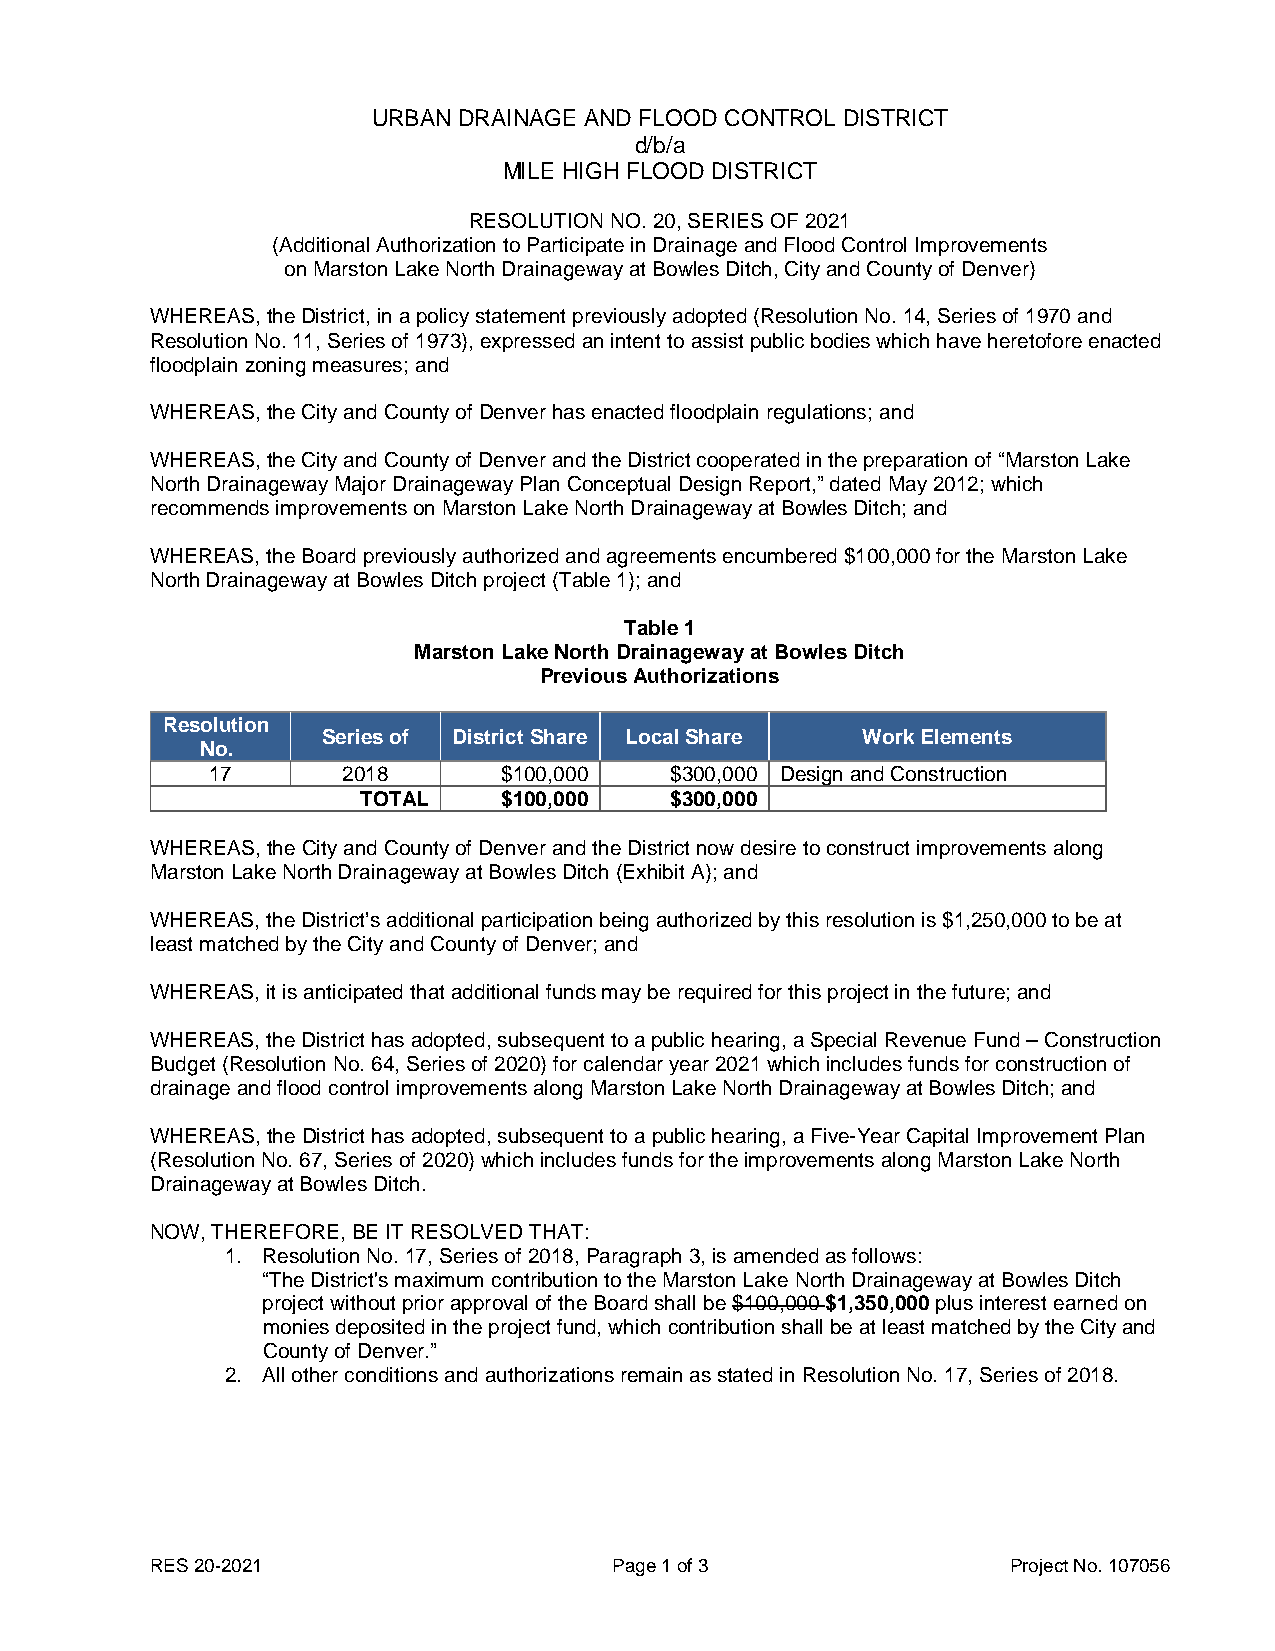
URBAN DRAINAGE AND FLOOD CONTROL DISTRICT
 d/b/a
 MILE HIGH FLOOD DISTRICT
 RESOLUTION NO. 20, SERIES OF 2021
 (Additional Authorization to Participate in Drainage and Flood Control Improvements
 on Marston Lake North Drainageway at Bowles Ditch, City and County of Denver)
 WHEREAS, the District, in a policy statement previously adopted (Resolution No. 14, Series of 1970 and
 Resolution No. 11, Series of 1973), expressed an intent to assist public bodies which have heretofore enacted
 floodplain zoning measures; and
 WHEREAS, the City and County of Denver has enacted floodplain regulations; and
 WHEREAS, the City and County of Denver and the District cooperated in the preparation of “Marston Lake
 North Drainageway Major Drainageway Plan Conceptual Design Report,” dated May 2012; which
 recommends improvements on Marston Lake North Drainageway at Bowles Ditch; and
 WHEREAS, the Board previously authorized and agreements encumbered $100,000 for the Marston Lake
 North Drainageway at Bowles Ditch project (Table 1); and
 Table 1
 Marston Lake North Drainageway at Bowles Ditch
 Previous Authorizations
 Resolution
 Series of District Share Local Share Work Elements
 No.
 17       2018      $100,000   $300,000 Design and Construction
 TOTAL    $100,000   $300,000
 WHEREAS, the City and County of Denver and the District now desire to construct improvements along
 Marston Lake North Drainageway at Bowles Ditch (Exhibit A); and
 WHEREAS, the District’s additional participation being authorized by this resolution is $1,250,000 to be at
 least matched by the City and County of Denver; and
 WHEREAS, it is anticipated that additional funds may be required for this project in the future; and
 WHEREAS, the District has adopted, subsequent to a public hearing, a Special Revenue Fund – Construction
 Budget (Resolution No. 64, Series of 2020) for calendar year 2021 which includes funds for construction of
 drainage and flood control improvements along Marston Lake North Drainageway at Bowles Ditch; and
 WHEREAS, the District has adopted, subsequent to a public hearing, a Five-Year Capital Improvement Plan
 (Resolution No. 67, Series of 2020) which includes funds for the improvements along Marston Lake North
 Drainageway at Bowles Ditch.
 NOW, THEREFORE, BE IT RESOLVED THAT:
 1. Resolution No. 17, Series of 2018, Paragraph 3, is amended as follows:
 “The District's maximum contribution to the Marston Lake North Drainageway at Bowles Ditch
 project without prior approval of the Board shall be $100,000 $1,350,000 plus interest earned on
 monies deposited in the project fund, which contribution shall be at least matched by the City and
 County of Denver.”
 2. All other conditions and authorizations remain as stated in Resolution No. 17, Series of 2018.
 RES 20-2021                    Page 1 of 3               Project No. 107056